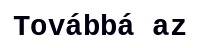
Továbbá az